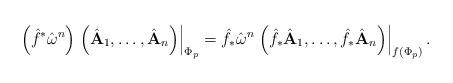
\begin{align*}\left(\hat{f}^{*}\hat{\bf \omega}^{n}\right)\left.\left(\hat{\bf A}_{1},\ldots,\hat{\bf A}_{n}\right)\right|_{\Phi_{p}}=\hat{f}_{*}\hat{\bf \omega}^{n}\left.\left(\hat{f}_{*}\hat{\bf A}_{1},\ldots,\hat{f}_{*}\hat{\bf A}_{n}\right)\right|_{f\left(\Phi_{p}\right)}.\end{align*}